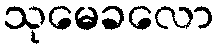
သုမေခလော